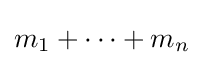
m_{1}+\cdots +m_{n}